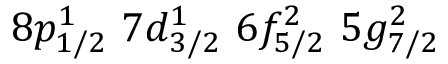
8 p _ { 1 / 2 } ^ { 1 } \, \, 7 d _ { 3 / 2 } ^ { 1 } \, \, 6 f _ { 5 / 2 } ^ { 2 } \, \, 5 g _ { 7 / 2 } ^ { 2 }